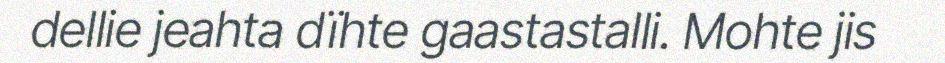
dellie jeahta dïhte gaastastalli. Mohte jis